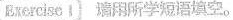
Erercisc 1请用所学短语填空。